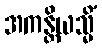
အကန္တိယသ္မိံ